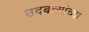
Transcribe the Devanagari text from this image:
उदबत्त्यांच्या